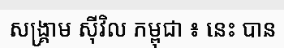
សង្គ្រាម ស៊ីវិល កម្ពុជា ៖ នេះ បាន